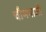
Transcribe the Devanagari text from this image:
चीमनाजी